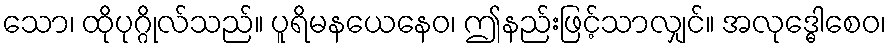
သော၊ ထိုပုဂ္ဂိုလ်သည်။ ပူရိမနယေနေဝ၊ ဤနည်းဖြင့်သာလျှင်။ အလုဒ္ဓေါစေဝ၊